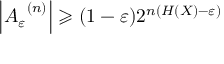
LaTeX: \left| { A _ { \varepsilon } } ^ { ( n ) } \right| \geqslant ( 1 - \varepsilon ) 2 ^ { n ( H ( X ) - \varepsilon ) }